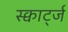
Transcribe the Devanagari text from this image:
स्क्वार्ट्ज